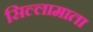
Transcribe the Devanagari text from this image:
सिल्लामाता